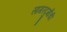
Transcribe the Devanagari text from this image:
सागरदुर्गांची